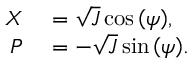
\begin{array} { r l } { \displaystyle X } & { { } = \sqrt J \cos { \left( \psi \right) } , } \\ { \displaystyle P } & { { } = - \sqrt J \sin { \left( \psi \right) } . } \end{array}